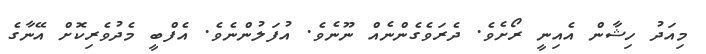
މިއަދު ހިޝާން އެއިނީ ރޯށެވެ. ދެރަވެގެންނެއް ނޫނެވެ. އުފަލުންނެވެ. އެފްބީ މެދުވެރިކޮށް އޭނާގެ